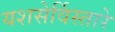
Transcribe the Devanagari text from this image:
यशसेर्विस्तारे